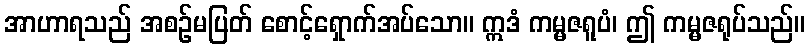
အာဟာရသည် အစဉ်မပြတ် စောင့်ရှောက်အပ်သော။ ဣဒံ ကမ္မဇရူပံ၊ ဤ ကမ္မဇရုပ်သည်။